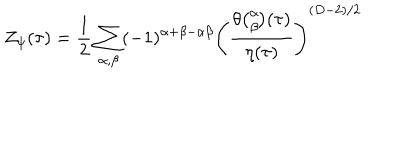
Z _ { \psi } ( \tau ) = { \frac { 1 } { 2 } } \sum _ { \alpha , \beta } ( - 1 ) ^ { \alpha + \beta - \alpha \beta } \left( { \frac { \theta { \binom { \alpha } { \beta } } ( \tau ) } { \eta ( \tau ) } } \right) ^ { ( D - 2 ) / 2 }